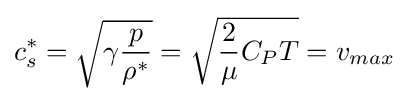
c_{s}^{*}={\sqrt {\gamma {\frac {p}{\rho ^{*}}}}}={\sqrt {{\frac {2}{\mu }}C_{P}T}}=v_{max}